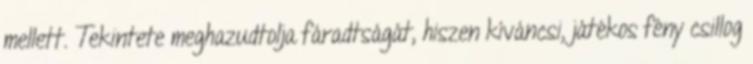
mellett. Tekintete meghazudtolja fáradtságát, hiszen kíváncsi, játékos fény csillog